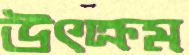
উৎক্রম